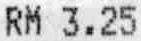
RM 3.25